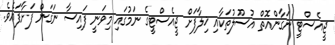
ޖީއެސްޓީ ނަގާންއޮތް އުސޫލުތަކާއި ޚިލާފަށް ޖީއެސްޓީގެ ނަމުގައި މިވަނީ ފައިސާ ނަގަން ފަށާފައެވެ.